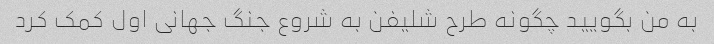
به من بگویید چگونه طرح شلیفن به شروع جنگ جهانی اول کمک کرد